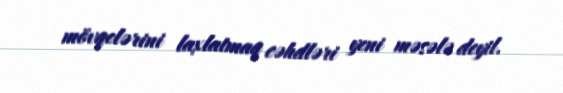
mövqelərini laxlatmaq cəhdləri yeni məsələ deyil.